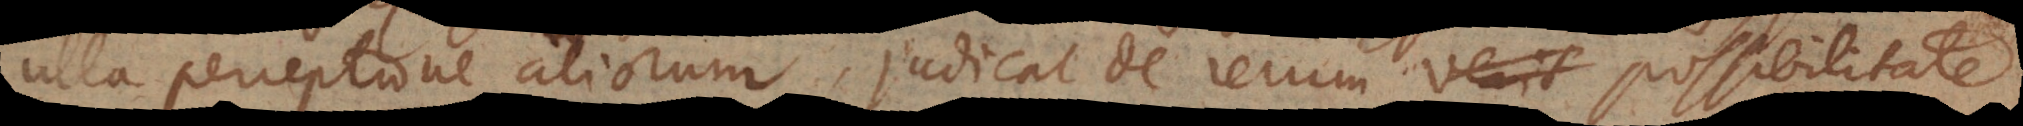
ulla perceptione aliorum, judicat de rerum verit possibilitate.